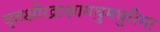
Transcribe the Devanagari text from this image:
घृतक्षीरद्राक्षामधुमधुरिमा